Report of the Indian Hemp Drugs Commission, 1894-1895 - Volume IV
Year: 1894
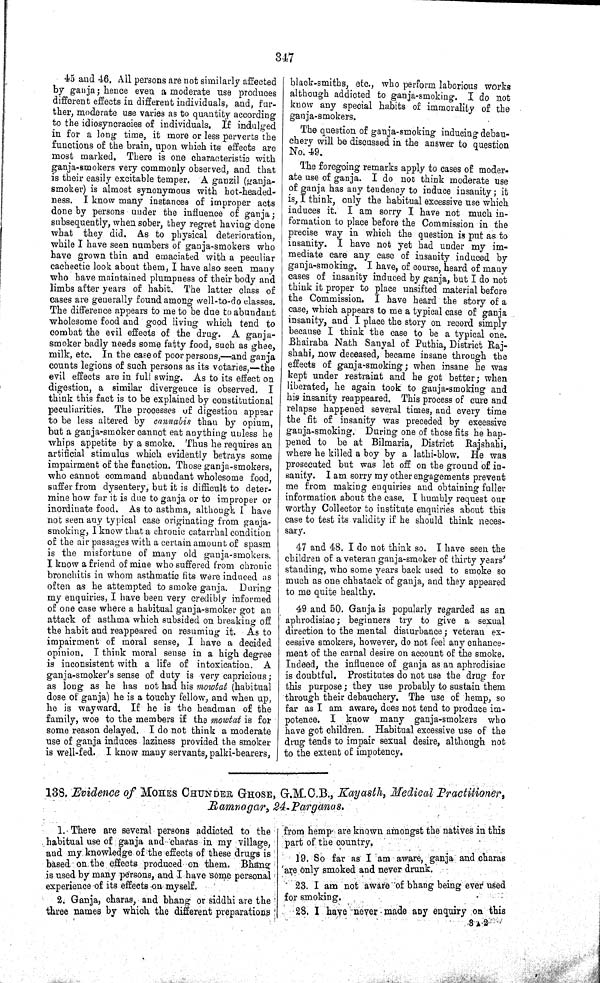
347
45 and 46. All persons are not similarly affected
by ganja; hence even a moderate use produces
different effects in different individuals, and, fur-
ther, moderate use varies as to quantity according
to the idiosyncracies of individuals. If indulged
in for a long time, it more or less perverts the
functions of the brain, upon which its effects are
most marked. There is one characteristic with
ganja-smokers very commonly observed, and that
is their easily excitable temper. A ganzil (ganja-
smoker) is almost synonymous with hot-headed-
ness. I know many instances of improper acts
done by persons under the influence of ganja;
subsequently, when sober, they regret having done
what they did. As to physical deterioration,
while I have seen numbers of ganja-smokers who
have grown thin and emaciated with a peculiar
cachectic look about them, I have also seen many
who have maintained plumpness of their body and
limbs after years of habit. The latter class of
cases are generally found among well-to-do classes.
The difference appears to me to be due to abundant
wholesome food and good living which tend to
combat the evil effects of the drug. A ganja-
smoker badly needs some fatty food, such as ghee,
milk, etc. In the case of poor persons,—and ganja
counts legions of such persons as its votaries,—the
evil effects are in full swing. As to its effect on
digestion, a similar divergence is observed. I
think this fact is to be explained by constitutional
peculiarities. The processes of digestion appear
to be less altered by cannabis than by opium,
but a ganja-smoker cannot eat anything unless he
whips appetite by a smoke. Thus he requires an
artificial stimulus which evidently betrays some
impairment of the function. Those ganja-smokers,
who cannot command abundant wholesome food,
suffer from dysentery, but it is difficult to deter-
mine how far it is due to ganja or to improper or
inordinate food. As to asthma, although I have
not seen any typical case originating from ganja-
smoking, I know that a chronic catarrhal condition
of the air passages with a certain amount of spasm
is the misfortune of many old ganja-smokers.
I know a friend of mine who suffered from chronic
bronchitis in whom asthmatic fits were induced as
often as he attempted to smoke ganja. During
my enquiries, I have been very credibly informed
of one case where a habitual ganja-smoker got an
attack of asthma which subsided on breaking off
the habit and reappeared on resuming it. As to
impairment of moral sense, I have a decided
opinion. I think moral sense in a high degree
is inconsistent with a life of intoxication. A
ganja-smoker's sense of duty is very capricious;
as long as he has not had his mowtat (habitual
dose of ganja) he is a touchy fellow, and when up,
he is wayward. If he is the headman of the
family, woe to the members if the mowtat is for
some reason delayed. I do not think a moderate
use of ganja induces laziness provided the smoker
is well-fed. I know many servants, palki-bearers,
black-smiths, etc., who perform laborious works
although addicted to ganja-smoking. I do not
know any special habits of immorality of the
ganja-smokers.
The question of ganja-smoking inducing debau-
chery will be discussed in the answer to question
No. 49.
The foregoing remarks apply to cases of moder-
ate use of ganja. I do not think moderate use
of ganja has any tendency to induce insanity; it
is, I think, only the habitual excessive use which
induces it. I am sorry I have not much in-
formation to place before the Commission in the
precise way in which the question is put as to
insanity. I have not yet had under my im-
mediate care any case of insanity induced by
ganja-smoking. I have, of course, heard of many
cases of insanity induced by ganja, but I do not
think it proper to place unsifted material before
the Commission. I have heard the story of a
case, which appears to me a typical case of ganja
insanity, and I place the story on record simply
because I think the case to be a typical one.
Bhairaba Nath Sanyal of Puthia, District Raj-
shahi, now deceased, became insane through the
effects of ganja-smoking; when insane he was
kept under restraint and he got better; when
liberated, he again took to ganja-smoking and
his insanity reappeared. This process of cure and
relapse happened several times, and every time
the fit of insanity was preceded by excessive
ganja-smoking. During one of those fits he hap-
pened to be at Bilmaria, District Rajshahi,
where he killed a boy by a lathi-blow. He was
prosecuted but was let off on the ground of in-
sanity. I am sorry my other engagements prevent
me from making enquiries and obtaining fuller
information about the case. I humbly request our
worthy Collector to institute enquiries about this
case to test its validity if he should think neces-
sary.
47 and 48. I do not think so. I have seen the
children of a veteran ganja-smoker of thirty years'
standing, who some years back used to smoke so
much as one chhatack of ganja, and they appeared
to me quite healthy.
49 and 50. Ganja is popularly regarded as an
aphrodisiac; beginners try to give a sexual
direction to the mental disturbance; veteran ex-
cessive smokers, however, do not feel any enhance-
ment of the carnal desire on account of the smoke.
Indeed, the influence of ganja as an aphrodisiac
is doubtful. Prostitutes do not use the drug for
this purpose; they use probably to sustain them
through their debauchery. The use of hemp, so
far as I am aware, does not tend to produce im-
potence. I know many ganja-smokers who
have got children. Habitual excessive use of the
drug tends to impair sexual desire, although not
to the extent of impotency.
138. Evidence of MOHES CHUNDER GHOSE, G.M.C.B., Kayasth, Medical Practitioner,
Ramnagar,
24-Parganas.
1. There are several persons addicted to the
habitual use of ganja and charas in my village,
and my knowledge of the effects of these drugs is
based on the effects produced on them. Bhang
is used by many persons, and I have some personal
experience of its effects on myself.
2. Ganja, charas, and bhang or siddhi are the
three names by which the different preparations
from hemp are known amongst the natives in this
part of the country.
19. So far as I am aware, ganja and charas
are only smoked and never drunk.
23. I am not aware of bhang being ever used
for smoking.
28. I have never made any enquiry on this
3 A 2